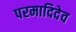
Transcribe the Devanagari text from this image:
परमादिदेव